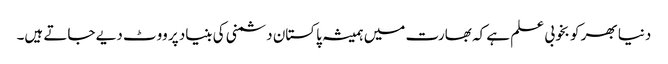
دنیا بھر کو بخوبی علم ہے کہ بھارت میں ہمیشہ پاکستان دشمنی کی بنیاد پر ووٹ دیے جاتے ہیں۔